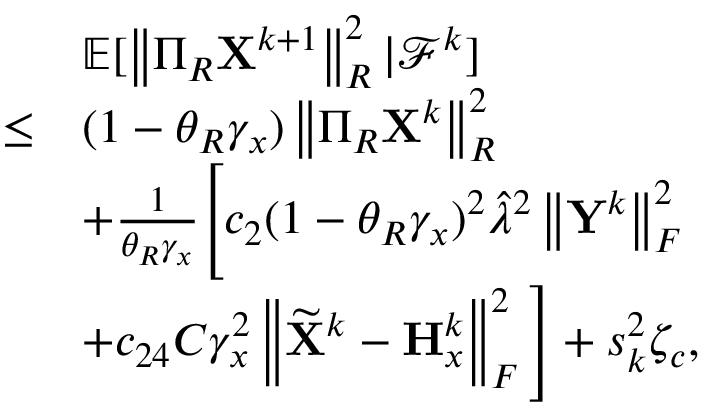
\begin{array} { r l } & { { \mathbb { E } } [ \left\| \Pi _ { R } { \mathbf { X } } ^ { k + 1 } \right\| _ { R } ^ { 2 } \vert { \mathcal { F } } ^ { k } ] } \\ { \leq } & { ( 1 - \theta _ { R } \gamma _ { x } ) \left\| \Pi _ { R } { \mathbf { X } } ^ { k } \right\| _ { R } ^ { 2 } } \\ & { + \frac { 1 } { \theta _ { R } \gamma _ { x } } \Bigg [ c _ { 2 } ( 1 - \theta _ { R } \gamma _ { x } ) ^ { 2 } \hat { \lambda } ^ { 2 } \left\| { \mathbf { Y } } ^ { k } \right\| _ { F } ^ { 2 } } \\ & { + c _ { 2 4 } C \gamma _ { x } ^ { 2 } \left\| \widetilde { { \mathbf { X } } } ^ { k } - { \mathbf { H } } _ { x } ^ { k } \right\| _ { F } ^ { 2 } \Bigg ] + s _ { k } ^ { 2 } \zeta _ { c } , } \end{array}